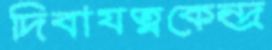
দিবাযত্নকেন্দ্র